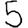
Digit: 5